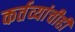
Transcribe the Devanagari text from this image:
कर्तव्यांचीही